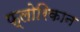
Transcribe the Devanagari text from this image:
फ्लोरिकान